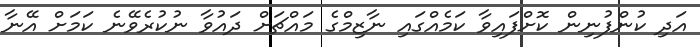
އަދި ކުންފުނިން ކޮށްފައިވާ ކަމެއްގައި ނާޒިމްގެ މައްޗަށް ދައުވާ ނުކުރެވޭނެ ކަމަށް އޭނާ